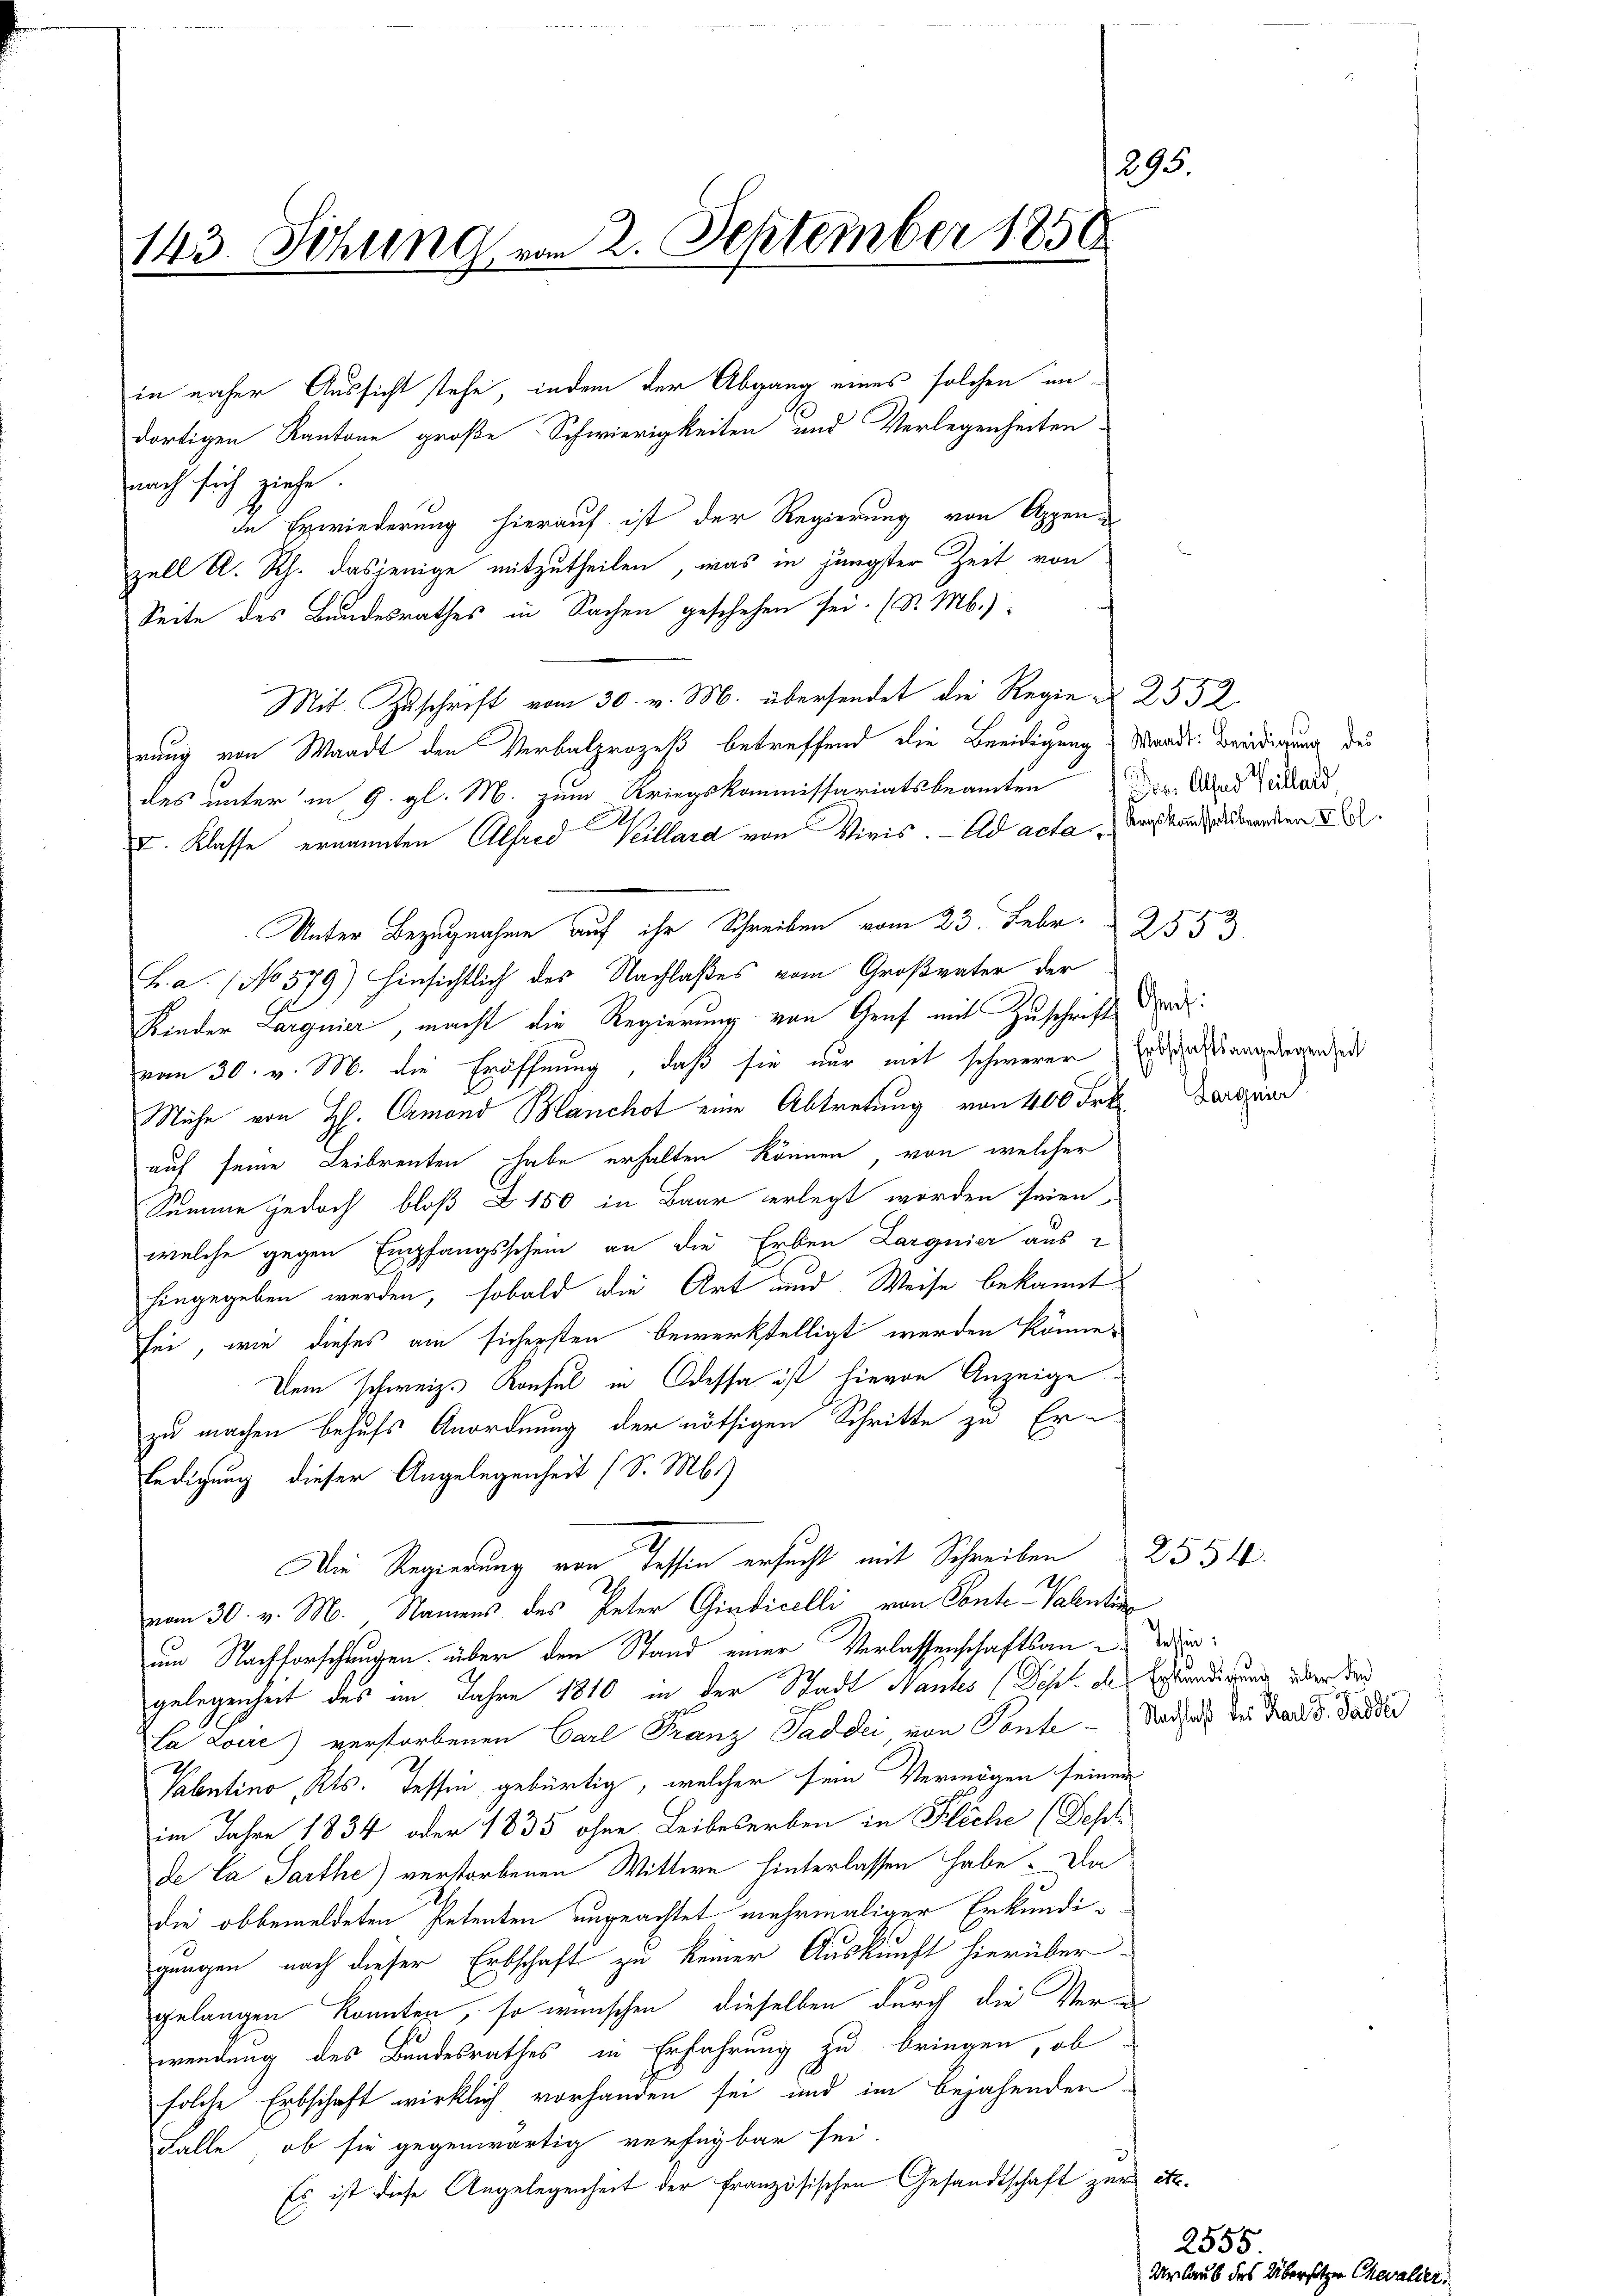
895
143. Sitzung vom 2. September 1858.

in näher Aussicht stehe, indem der Abgang eines solchen undortigen Kantone große Schwierigkeiten und Verlegenheiten

nach sich ziehe.
in Erwiederung hierauf ist der Regierung von Appen-
zell A. Rh. dasjenige mitzutheilen, was in jüngster Zeit von
Seite des Bundesrathes in Sachen geschehen sei. (v. M.)
Mit Zuschrift vom 30. v. M. übersendet die Regie 2552
rung von Waadt den Verbalprozeß betreffend die Beeidigung Mande Beeidigung des
des unter in G. gl. M. zum Kriegskommissariatsbeamten der das Gutes,
I. Klasse ernannten Alfred Heillard von Vieis. - Ad acta, Anstanzendenden 22.
Unter Bezugnahme auf ihr Schreiben vom 23. Febr. 2553.
h. a. (No 579) hinsichtlich des Nachlaßes vom Großvater der
Kinder Larguier, macht die Regierung von Graf mit Zuschrifte
vom 30. v. M. die Eröffnung, daß sie nur mit schwerer Erdaßangelegenheit
Mühe von H. Camond Blanchot eine Abtretung von 400 Frk. Vorgend
auf seine Leibrenten habe erhalten können, von welcher
Summe jedoch bloß Z 150 in Baar erlegt worden seien,
welche gegen Empfangsschein an die Erben Larguier aus
hingegeben werden, sobald die Art und Weise bekannt
sei, wie dieses am sichersten bewerkstelligt werden könne,
Dem schweiz. Konsul in Odessa ist hievon Anzeige
zu machen behufs Anordnung der nöthigen Schritte zu Erledigung dieser Angelegenheit (S. M.)
Die Regierung von Tessin ersucht mit Schreiben 2554.
vom 30. v. M. Namens des Peter Giudicelli von Conte Valentin
um Nachforschungen über den Stand einer Verlassenschaftsan-Sedergelegenheit des im Jahre 1810 in der Stadt Mantes (Sch. des Erkundigung über de
la Lovre) verstorbenen Carl Franz Saddii von Tante Nachah der Trade d. Sander
Pabntino, Kts. Tessin gebürtig, welcher sein Vermögen seiner
im Jahre 1834 oder 1835 ohne Leibeserben in Fläche (Fehl-
de la Sarthe) verstorbenen Wittwe hinterlassen habe. Da
die obbemeldeten Petenten ungeachtet mehrmaliger Erkundigungen nach dieser Erbschaft zu keiner Auskunft hierüber
gelangen konnten, so wünschen, dieselben durch die Verwendung des Bundesrathes in Erfahrung zu bringen, ob
solche Erbschaft wirklich vorhanden sei und im bejahenden
Falle, ob sie gegenwärtig verfügbar sei.
Es ist diese Angelegenheit der französischen Gesandtschaft zur

Graf:

2555.
Erlaub des